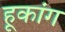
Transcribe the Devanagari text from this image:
हूकांग